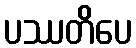
ပဿတိပေ